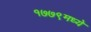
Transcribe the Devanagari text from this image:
१७७९मध्ये